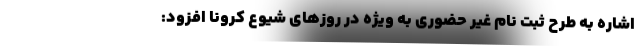
اشاره به طرح ثبت نام غیر حضوری به ویژه در روزهای شیوع کرونا افزود: